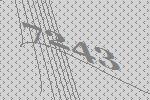
7243